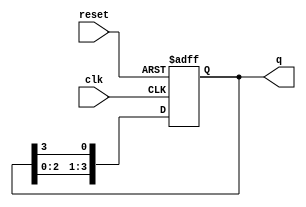
module ring_counter (
    input wire clk,          // Clock input
    input wire reset,        // Asynchronous reset input
    output reg [N-1:0] q     // Output of the ring counter
);
    parameter N = 4;         // Number of flip-flops (can be changed as needed)

    // Initial state: 0001
    always @(posedge clk or posedge reset) begin
        if (reset) begin
            q <= 1'b1;       // Set the initial state to 0001
        end else begin
            // Shift the '1' to the left
            q <= {q[N-2:0], q[N-1]}; // Shift left and wrap around
        end
    end
endmodule